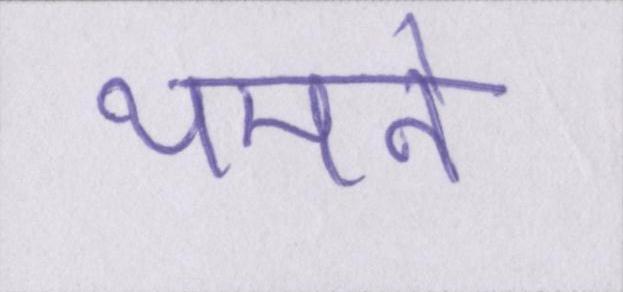
थमने